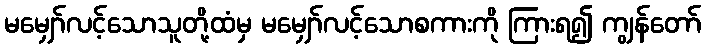
မမျှော်လင့်သောသူတို့ထံမှ မမျှော်လင့်သောစကားကို ကြားရ၍ ကျွန်တော်